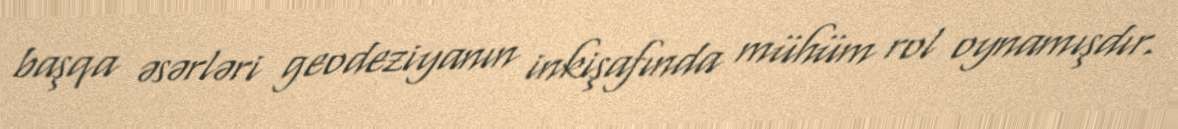
başqa əsərləri geodeziyanın inkişafında mühüm rol oynamışdır.